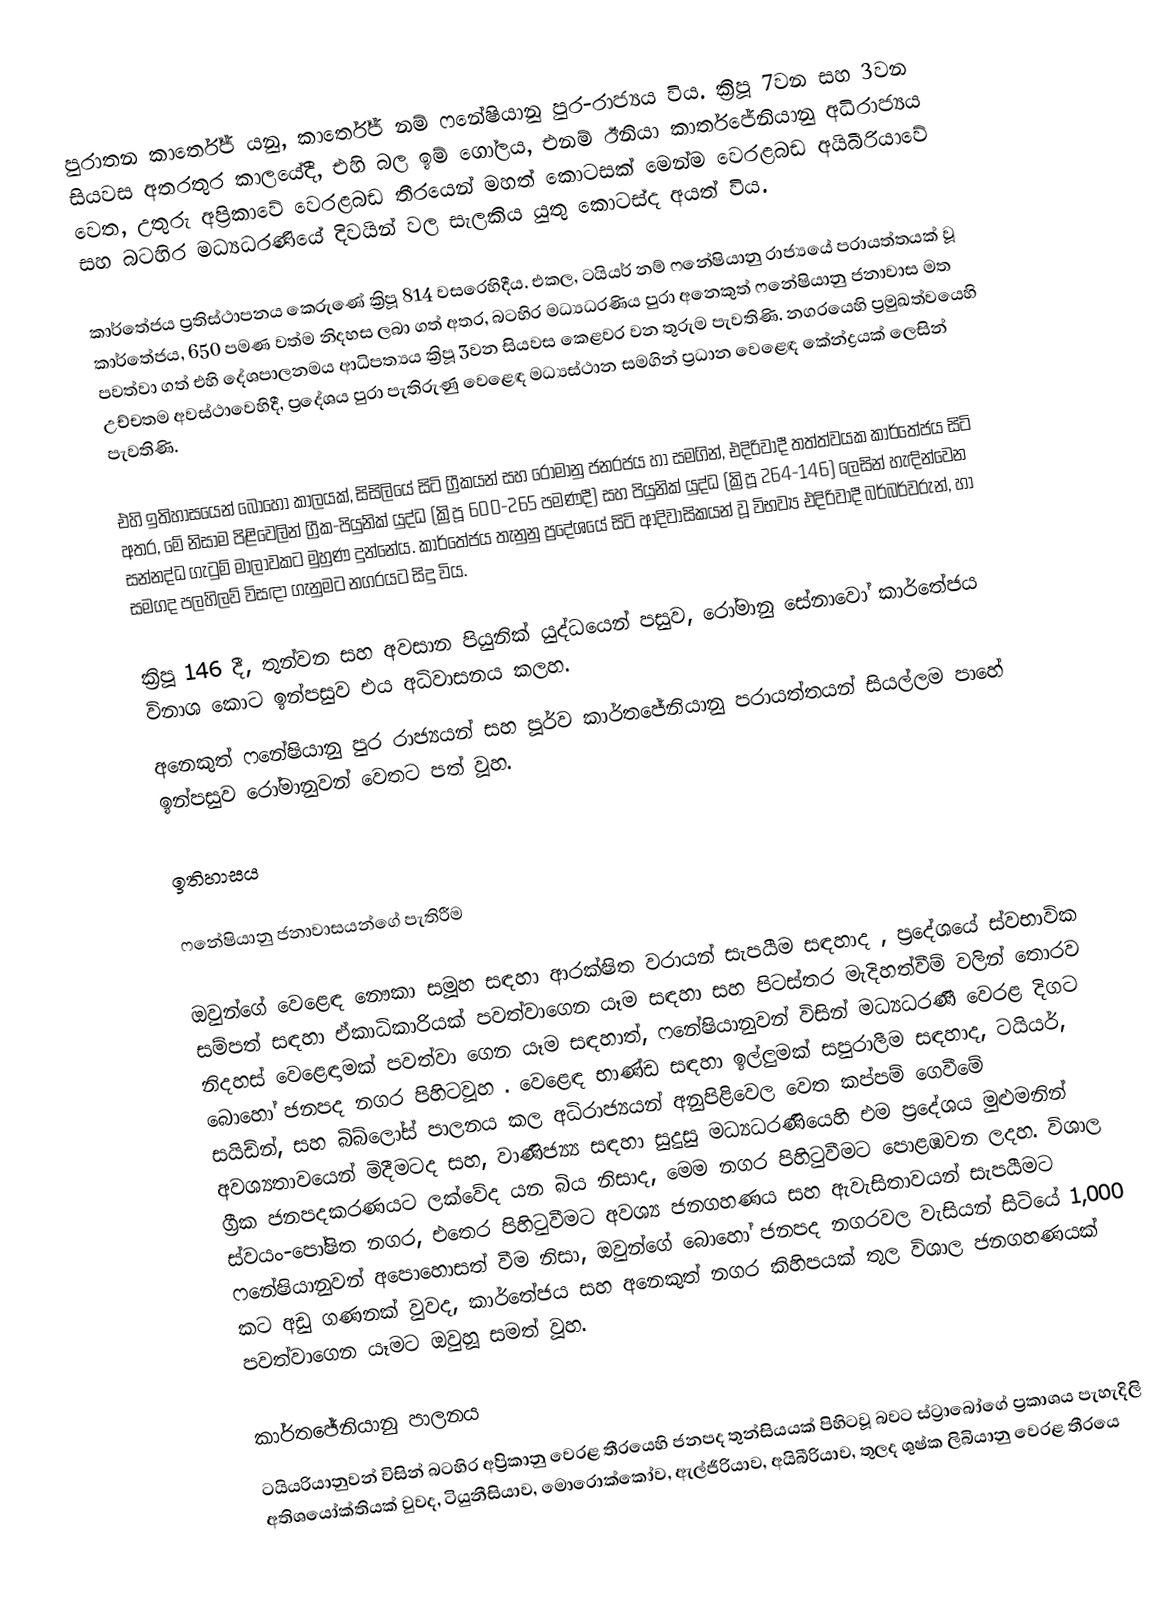
පුරාතන කාර්තේජ් යනු, කාර්තේජ් නම්  ෆනේෂියානු පුර-රාජ්‍යය විය. ක්‍රිපූ 7වන සහ 3වන සියවස අතරතුර කාලයේදී, එහි බල ඉම් ගෝලය, එනම් ඊනියා කාර්තජේනියානු අධිරාජ්‍යය වෙත, උතුරු අප්‍රිකාවේ  වෙරළබඩ තීරයෙන් මහත් කොටසක් මෙන්ම  වෙරළබඩ  අයිබීරියාවේ සහ බටහිර මධ්‍යධරණියේ දිවයින් වල සැලකිය යුතු කොටස්ද අයත් විය.

කාර්තේජය ප්‍රතිස්ථාපනය කෙරුණේ ක්‍රිපූ 814 වසරෙහිදීය.  එකල,  ටයියර් නම් ෆනේෂියානු රාජ්‍යයේ පරායත්තයක් වූ කාර්තේජය, 650 පමණ වත්ම නිදහස ලබා ගත් අතර,  බටහිර මධ්‍යධරණිය පුරා අනෙකුත් ෆනේෂියානු ජනාවාස මත පවත්වා ගත් එහි දේශපාලනමය ආධිපත්‍යය ක්‍රිපූ 3වන සියවස කෙළවර වන තුරුම පැවතිණි. නගරයෙහි ප්‍රමුඛත්වයෙහි උච්චතම අවස්ථාවෙහිදී, ප්‍රදේශය පුරා පැතිරුණු වෙළෙඳ මධ්‍යස්ථාන සමගින් ප්‍රධාන වෙළෙඳ කේන්ද්‍රයක් ලෙසින් පැවතිණි.

එහි ඉතිහාසයෙන් බොහෝ කාලයක්, සිසිලියේ සිටි ග්‍රීකයන් සහ රෝමානු ජනරජය හා සමගින්, එදිරිවාදී තත්ත්වයක කාර්තේජය සිටි අතර, මේ නිසාම  පිළිවෙලින්  ග්‍රීක-පියුනික් යුද්ධ (ක්‍රිපූ 600-265 පමණදී) සහ පියුනික් යුද්ධ (ක්‍රිපූ 264-146) ලෙසින් හැඳින්වෙන සන්නද්ධ ගැටුම් මාලාවකට මුහුණ දුන්නේය. කාර්තේජය තැනුනු ප්‍රදේශයේ සිටි ආදිවාසිකයන් වූ විභව්‍ය  එදිරිවාදී  බර්බර්වරුන්, හා සමගද පලහිලව් විසඳා ගැනුමට නගරයට සිදු විය.

ක්‍රිපූ 146 දී, තුන්වන සහ අවසාන පියුනික් යුද්ධයෙන් පසුව, රෝමානු සේනාවෝ කාර්තේජය විනාශ කොට ඉන්පසුව එය අධිවාසනය කලහ.
අනෙකුත් ෆනේෂියානු පුර රාජ්‍යයන් සහ පූර්ව කාර්තජේනියානු පරායත්තයන් සියල්ලම පාහේ ඉන්පසුව රෝමානුවන් වෙතට පත් වූහ.

ඉතිහාසය

ෆනේෂියානු ජනාවාසයන්ගේ පැතිරීම

ඔවුන්ගේ වෙළෙඳ නෞකා සමූහ සඳහා ආරක්ෂිත වරායන් සැපයීම සඳහාද , ප්‍රදේශයේ ස්වභාවික සම්පත් සඳහා ඒකාධිකාරියක් පවත්වාගෙන යෑම සඳහා සහ පිටස්තර මැදිහත්වීම් වලින් තොරව නිදහස් වෙළෙඳාමක් පවත්වා ගෙන යෑම සඳහාත්, ෆනේෂියානුවන් විසින් මධ්‍යධරණී වෙරළ දිගට බොහෝ ජනපද නගර පිහිටවූහ .  වෙළෙඳ භාණ්ඩ සඳහා ඉල්ලුමක් සපුරාලීම සඳහාද, ටයියර්, සයිඩ්න්, සහ බිබ්ලෝස් පාලනය කල අධිරාජ්‍යයන් අනුපිළිවෙල වෙත කප්පම් ගෙවීමේ අවශ්‍යතාවයෙන් මිදීමටද සහ, වාණිජ්‍ය්‍ය සඳහා සුදුසු මධ්‍යධරණියෙහි එම ප්‍රදේශය මුළුමනින් ග්‍රීක ජනපදකරණයට ලක්වේද යන බිය නිසාද, මෙම නගර පිහිටුවීමට පොළඹවන ලදහ. විශාල ස්වයං-පෝෂිත නගර,  එතෙර පිහිටුවීමට අවශ්‍ය ජනගහණය සහ ඇවැසිතාවයන් සැපයීමට ෆනේෂියානුවන් අපොහොසත් වීම නිසා, ඔවුන්ගේ බොහෝ  ජනපද නගරවල වැසියන් සිටියේ 1,000 කට අඩු ගණනක් වුවද, කාර්තේජය සහ අනෙකුත් නගර කිහිපයක් තුල විශාල ජනගහණයක් පවත්වාගෙන යෑමට ඔවුහූ සමත් වූහ.

කාර්තජේනියානු පාලනය
ටයියරියානුවන් විසින් බටහිර අප්‍රිකානු වෙරළ තීරයෙහි ජනපද තුන්සියයක් පිහිටවූ බවට ස්ට්‍රාබෝගේ ප්‍රකාශය පැහැදිලි අතිශයෝක්තියක් වුවද, ටියුනීසියාව, මොරොක්කෝව, ඇල්ජීරියාව,  අයිබීරියාව, තුලද ශුෂ්ක ලිබියානු වෙරළ තීරයෙ